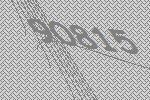
90815